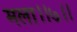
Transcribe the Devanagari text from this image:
मला।।७।।